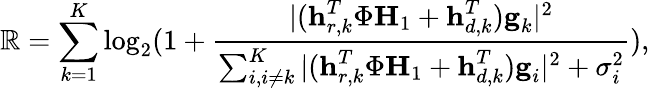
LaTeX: \mathbb{R}=\sum_{k=1}^{K}\log_{2}(1+\frac{{|(\textbf{{h}}_{r,k}^{T}\Phi\textbf{{H}}_{1}+\textbf{{h}}_{d,k}^{T})\textbf{{g}}_{k}|^{2}}}{{\begin{array}{l}{\sum_{i,i\ne k}^{K}|(\textbf{h}_{r,k}^{T}\Phi\textbf{H}_{1}+\textbf{h}_{d,k}^{T})\textbf{g}_{i}|^{2}+\sigma_{i}^{2}}\end{array}}}),